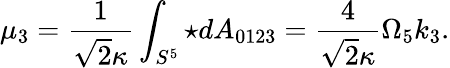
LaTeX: \mu_{3}=\frac{1}{\sqrt{2}\kappa}\int_{S^{5}}\star dA_{0123}=\frac{4}{\sqrt{2}\kappa}\Omega_{5}k_{3}.